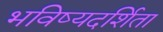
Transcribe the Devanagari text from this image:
भविष्यदर्शिता